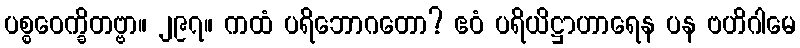
ပစ္စဝေက္ခိတဗ္ဗာ။ ၂၉၇။ ကထံ ပရိဘောဂတော? ဧဝံ ပရိယိဋ္ဌာဟာရေန ပန ဗဟိဂါမေ